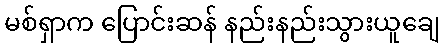
မစ်ရှာက ပြောင်းဆန် နည်းနည်းသွားယူချေ